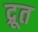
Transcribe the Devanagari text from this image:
द्रूत